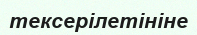
тексерілетініне